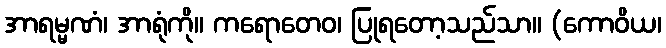
အာရမ္မဏံ၊ အာရုံကို။ ကရောတေဝ၊ ပြုရတော့သည်သာ။ (ကောဝိယ၊